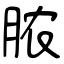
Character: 脓